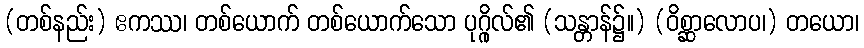
(တစ်နည်း) ဧကဿ၊ တစ်ယောက် တစ်ယောက်သော ပုဂ္ဂိုလ်၏ (သန္တာန်၌။) (ဝိစ္ဆာလောပ၊) တယော၊